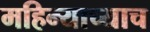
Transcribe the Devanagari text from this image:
महिन्याच्याच